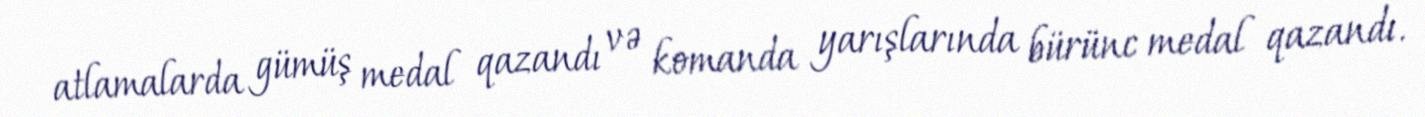
atlamalarda gümüş medal qazandı və komanda yarışlarında bürünc medal qazandı.